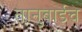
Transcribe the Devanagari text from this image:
तानुबाईचे